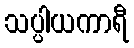
သပ္ပါယကာရီ